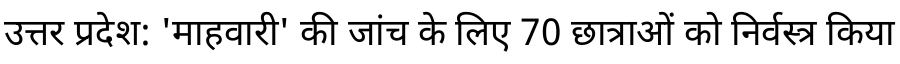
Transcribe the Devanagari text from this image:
उत्तर प्रदेश: 'माहवारी' की जांच के लिए 70 छात्राओं को निर्वस्त्र किया